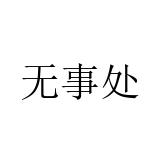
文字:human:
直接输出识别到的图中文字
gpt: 无事处